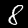
Digit: 8